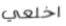
اخلعي